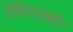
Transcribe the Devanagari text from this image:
टेरियाकी